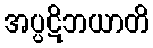
အပ္ပဋိဘယာတိ